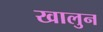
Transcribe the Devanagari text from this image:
खालुन